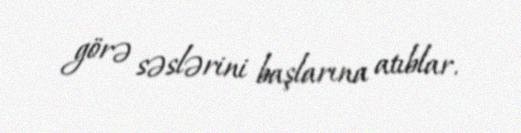
görə səslərini başlarına atıblar.